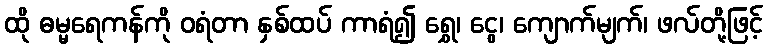
ထို ဓမ္မရေကန်ကို ဝရံတာ နှစ်ထပ် ကာရံ၍ ရွှေ၊ ငွေ၊ ကျောက်မျက်၊ ဖလ်တို့ဖြင့်